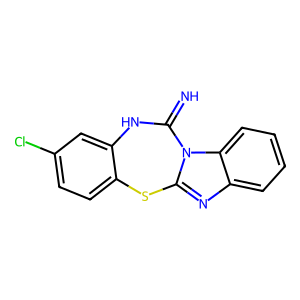
SMILES: N=C1Nc2cc(Cl)ccc2Sc2nc3ccccc3n21
Inhibits HIV replication: No